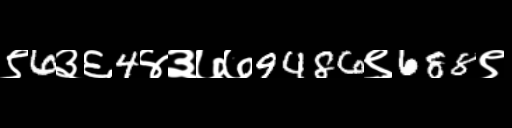
Text: ९6३६4४३७७9486९688९